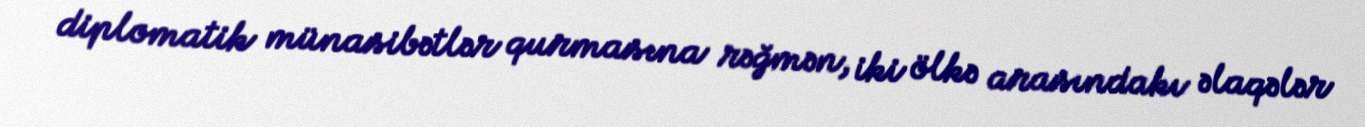
diplomatik münasibətlər qurmasına rəğmən, iki ölkə arasındakı əlaqələr